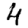
Digit: 4